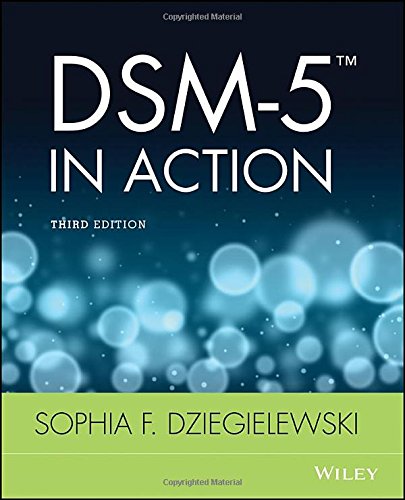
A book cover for DSM-5 in Action; Sophia F. Dziegielewski; Medical Books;